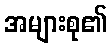
အများစု၏